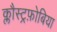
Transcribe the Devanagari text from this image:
क्लौस्ट्रफ़ोबिया